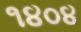
૧૪૦૪